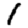
Digit: 1